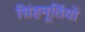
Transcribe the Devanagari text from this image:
सिंहमूर्तियों